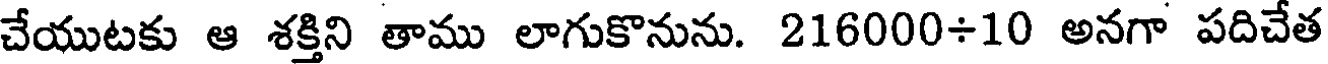
చేయుటకు ఆ శక్తిని తాము లాగుకొనును. 216000+10 అనగా పదిచేత